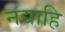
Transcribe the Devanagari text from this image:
नद्याहि